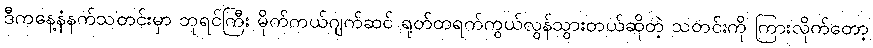
ဒီကနေ့နံနက်သတင်းမှာ ဘုရင်ကြီး မိုက်ကယ်ဂျက်ဆင် ရုတ်တရက်ကွယ်လွန်သွားတယ်ဆိုတဲ့ သတင်းကို ကြားလိုက်တော့